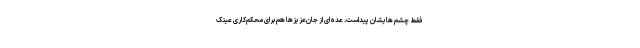
فقط چشم هایشان پیداست. عده ای از جان‌عزیزها هم برای محکم‌کاری عینک